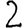
Digit: 2